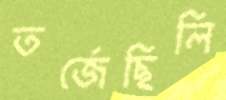
তর্জেছিলি